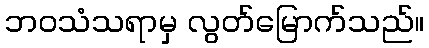
ဘဝသံသရာမှ လွတ်မြောက်သည်။